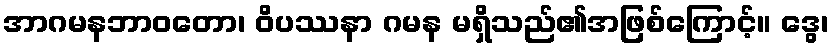
အာဂမနဘာဝတော၊ ဝိပဿနာ ဂမန မရှိသည်၏အဖြစ်ကြောင့်။ ဒွေ၊